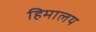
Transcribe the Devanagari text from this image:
हिमालय